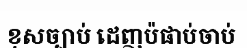
ខុសច្បាប់ ដេញប៉ផាប់ចាប់